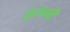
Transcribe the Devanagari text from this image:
मुसम्मी